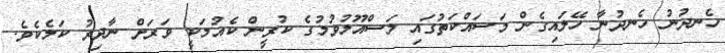
ހެނދުނު ހެނދުނާ ހޭލައިގެން މަސައްކަތުގައި މަސްއޫލުވުމުގެ ކުރީން ކެއުމަކީ ވަރަށް ނާދިރު ކަމެކެވެ.